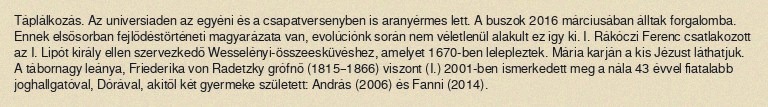
Táplálkozás. Az universiaden az egyéni és a csapatversenyben is aranyérmes lett. A buszok 2016 márciusában álltak forgalomba. Ennek elsősorban fejlődéstörténeti magyarázata van, evolúciónk során nem véletlenül alakult ez így ki. I. Rákóczi Ferenc csatlakozott az I. Lipót király ellen szervezkedő Wesselényi-összeesküvéshez, amelyet 1670-ben lelepleztek. Mária karján a kis Jézust láthatjuk. A tábornagy leánya, Friederika von Radetzky grófnő (1815–1866) viszont (I.) 2001-ben ismerkedett meg a nála 43 évvel fiatalabb joghallgatóval, Dórával, akitől két gyermeke született: András (2006) és Fanni (2014).